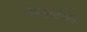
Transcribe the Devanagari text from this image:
मैलफ़ंक्शन